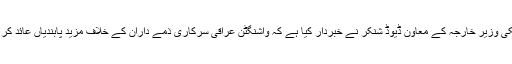
ادھر امریکی وزیر خارجہ کے معاون ڈیوڈ شنکر نے خبردار کیا ہے کہ واشنگٹن عراقی سرکاری ذمے داران کے خلاف مزید پابندیاں عائد کر سکتا ہے۔